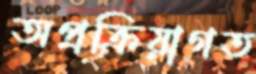
অপ্রক্রিয়াগত